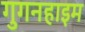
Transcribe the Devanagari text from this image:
गुगनहाइम